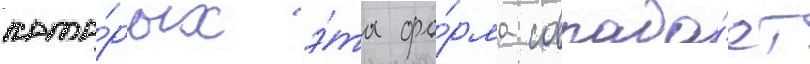
кото́рых э́та фо́рма совпада́ет